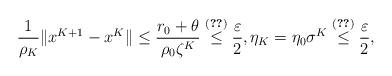
LaTeX: \begin{align*}\frac{1}{\rho_K}\|x^{K+1}-x^K\| \leq \frac{r_0+\theta}{\rho_0\zeta^K} \overset{\eqref{K-sp}}{\leq} \frac{\varepsilon}{2}, \eta_K=\eta_0\sigma^K\overset{\eqref{K-sp}}{\leq}\frac{\varepsilon}{2},\end{align*}